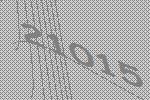
21015